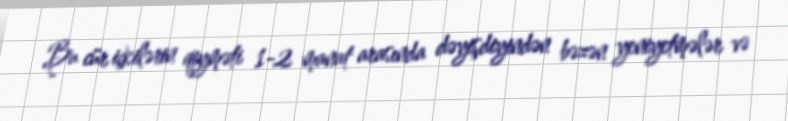
Bu cür içkilərin qiyməti 1-2 manat arasında dəyişdiyindən bəzən yeniyetmələr və